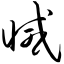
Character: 减